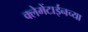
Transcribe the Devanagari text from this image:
क्लेमेंटाईनच्या